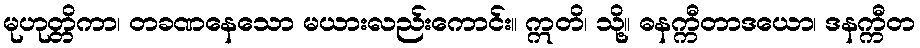
မုဟုတ္တိကာ၊ တခဏနေသော မယားလည်းကောင်း။ ဣတိ၊ သို့။ ဓနက္ကီတာဒယော၊ ဒနက္ကီတ